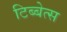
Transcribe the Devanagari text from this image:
टिब्बेत्स